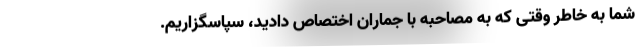
شما به خاطر وقتی که به مصاحبه با جماران اختصاص دادید، سپاسگزاریم.